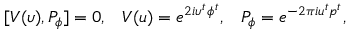
[ V ( \upsilon ) , P _ { \phi } ] = 0 , \; \; \; V ( u ) = e ^ { 2 i \upsilon ^ { t } \phi ^ { t } } , \; \; \; P _ { \phi } = e ^ { - 2 \pi i u ^ { t } p ^ { t } } ,